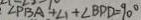
\angle P B A + \angle 1 + \angle B P D = 9 0 ^ { \circ }